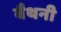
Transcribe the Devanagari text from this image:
बैथनी